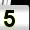
Digit: 5